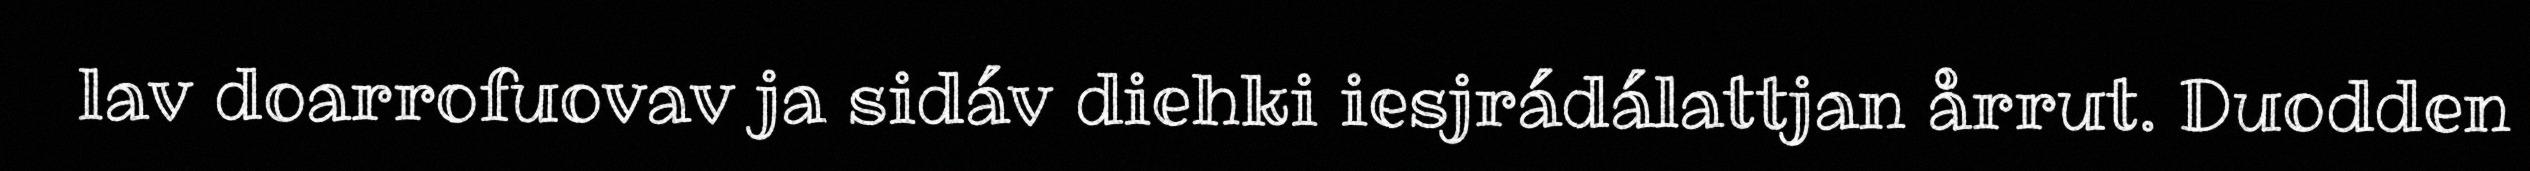
lav doarrofuovav ja sidáv diehki iesjrádálattjan årrut. Duodden